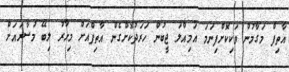
އާތިފް މަގާމުން ވަކިކޮށްފިނަމަ އަމިއްލަ ޖީބުން ހަރަދުކޮށްގެން އާތިފްއަށް މިހާރު ލިބޭ މުސާރައަށް